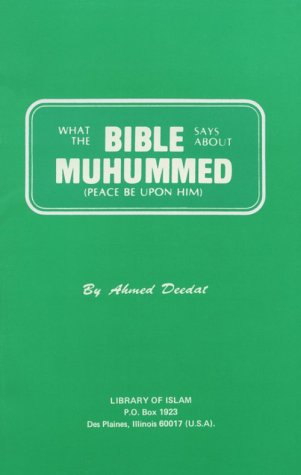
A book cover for What the Bible Says About Muhammad; Ahmed Deedat; Religion & Spirituality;